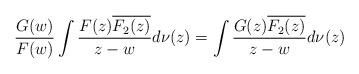
LaTeX: \begin{align*}\frac{G(w)}{F(w)}\int\frac{F(z)\overline{F_2(z)}}{z-w} d\nu(z)=\int\frac{G(z)\overline{F_2(z)}}{z-w} d\nu(z)\end{align*}